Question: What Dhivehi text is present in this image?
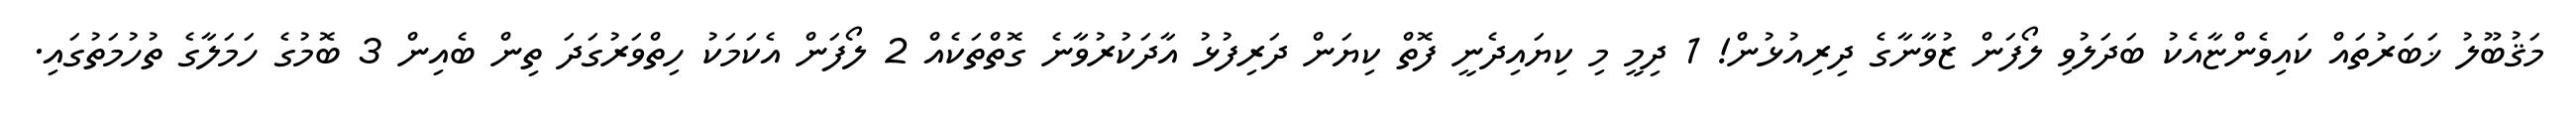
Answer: މަޤުބޫލު ޚަބަރުތައް ކައިވެންޏާއެކު ބަދަލުވި ލޯފަން ޒުވާނާގެ ދިރިއުޅުން! 1 ދިމީ މި ކިޔައިދެނީ ފޮތް ކިޔަން ދަރިފުޅު އާދަކުރުވާނެ ގޮތްތަކެއް 2 ލޯފަން އެކަމަކު ހިތްވަރުގަދަ ތިން ބެއިން 3 ބޮމުގެ ހަމަލާގެ ތުހުމަތުގައި.